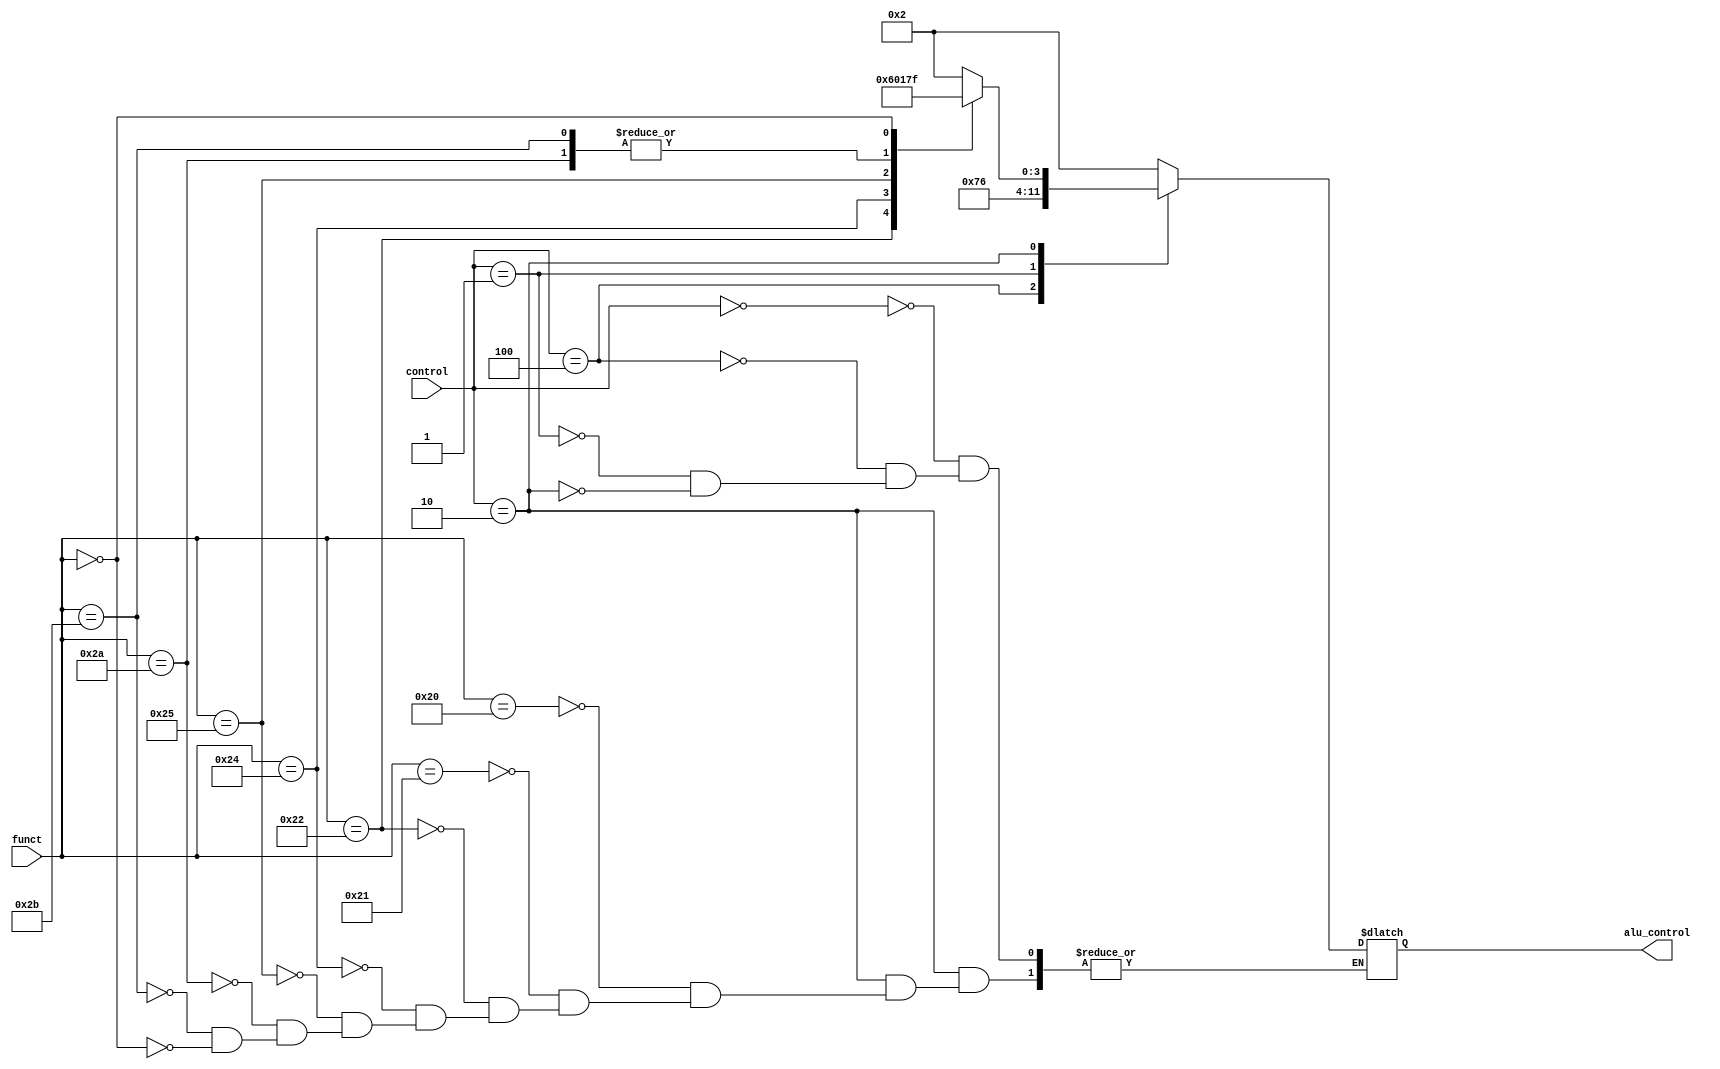
`timescale 1ns / 1ps

module ALU_Control(
    input wire [2:0] control,
    input wire [5:0] funct,
    output reg [3:0] alu_control
    );
    always @*
    begin
        case(control)
            3'b000:   // load and store operation and addi
                begin
                    alu_control  = 4'b0010;
                end
            3'b100: // set-on-less-than immediate zzz
                begin
                    alu_control = 4'b0111;
                end
            3'b001:  // beq and bne
                begin
                    alu_control = 4'b0110;
                end
            3'b010: // R type
                begin
                    case(funct)
                        6'b100000:
                            alu_control = 4'b0010;    // add
                        6'b100001:                 // addu
                            alu_control = 4'b0010;
                        6'b100010:
                            alu_control = 4'b0110;   // subtract 
                        6'b100100:
                            alu_control = 4'b0000;   // AND
                        6'b100101:
                            alu_control = 4'b0001;   // OR
                        6'b101010:
                            alu_control = 4'b0111;   // set-on-less-than      
                        6'b101011:
                            alu_control = 4'b0111;   // set-on-less-than unsigned      
                        6'b000000:
                            alu_control = 4'b1111; // shift left logical                                                                                                                                  
                    endcase
                end                 
        endcase
    end    
endmodule